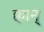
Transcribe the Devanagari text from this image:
क्वान्